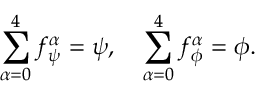
\sum _ { \alpha = 0 } ^ { 4 } f _ { \psi } ^ { \alpha } = \psi , \quad \sum _ { \alpha = 0 } ^ { 4 } f _ { \phi } ^ { \alpha } = \phi .